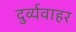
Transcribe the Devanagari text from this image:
दुर्व्यवाहर